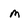
Character: m